Vaccination in the Punjab 1883-1896 - 1883-1896
Year: 1883
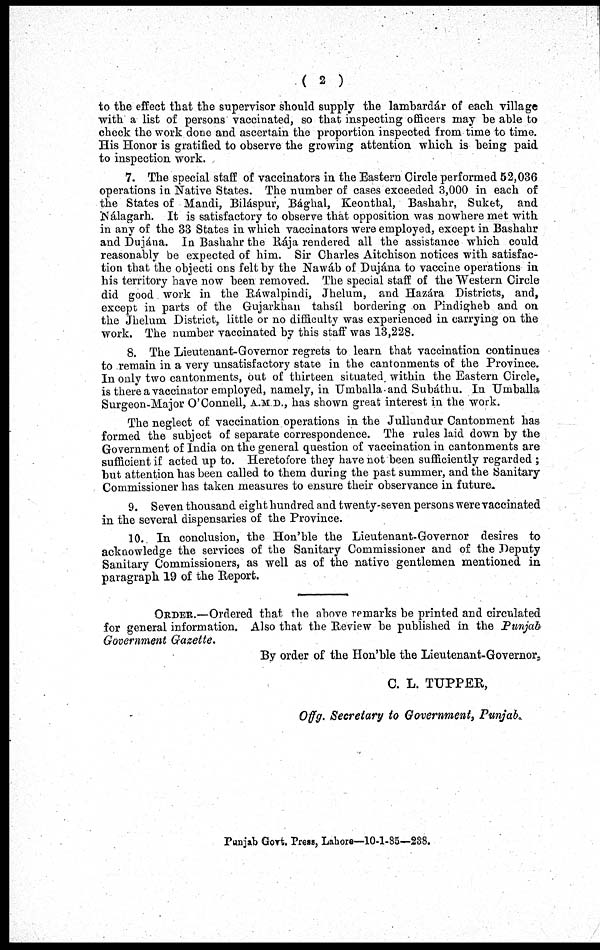
( 2 )
to the effect that the supervisor should supply the lambardár of each village
with a list of persons vaccinated, so that inspecting officers may be able to
check the work done and ascertain the proportion inspected from time to time.
His Honor is gratified to observe the growing attention which is being paid
to inspection work.
7. The special staff of vaccinators in the Eastern Circle performed 52,036
operations in Native States. The number of cases exceeded 3,000 in each of
the States of Mandi, Biláspur, Bághal, Keonthal, Bashahr, Suket, and
Nálagarh. It is satisfactory to observe that opposition was nowhere met with
in any of the 33 States in which vaccinators were employed, except in Bashahr
and Dujána. In Bashahr the Rája rendered all the assistance which could
reasonably be expected of him. Sir Charles Aitchison notices with satisfac-
tion that the objections felt by the Nawáb of Dujána to vaccine operations in
his territory have now been removed. The special staff of the Western Circle
did good work in the Ráwalpindi, Jhelum, and Hazára Districts, and,
except in parts of the Gujarkhan tahsíl bordering on Pindigheb and on
the Jhelum District, little or no difficulty was experienced in carrying on the
work. The number vaccinated by this staff was 13,228.
8. The Lieutenant-Governor regrets to learn that vaccination continues
to remain in a very unsatisfactory state in the cantonments of the Province.
In only two cantonments, out of thirteen situated within the Eastern Circle,
is there a vaccinator employed, namely, in Umballa and Subáthu. In Umballa
Surgeon-Major O'Connell, A.M.D., has shown great interest in the work.
The neglect of vaccination operations in the Jullundur Cantonment has
formed the subject of separate correspondence. The rules laid down by the
Government of India on the general question of vaccination in cantonments are
sufficient if acted up to. Heretofore they have not been sufficiently regarded ;
but attention has been called to them during the past summer, and the Sanitary
Commissioner has taken measures to ensure their observance in future.
9. Seven thousand eight hundred and twenty-seven persons were vaccinated
in the several dispensaries of the Province.
10. In conclusion, the Hon'ble the Lieutenant-Governor desires to
acknowledge the services of the Sanitary Commissioner and of the Deputy
Sanitary Commissioners, as well as of the native gentlemen mentioned in
paragraph 19 of the Report.
ORDER.—Ordered that the above remarks be printed and circulated
for general information. Also that the Review be published in the Punjab
Government Gazette.
By order of the Hon'ble the Lieutenant-Governor,
C. L. TUPPER,
Offg. Secretary to Government, Punjab.
Punjab Govt. Press, Lahore—10-1-85—238.